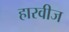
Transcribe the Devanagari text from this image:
हारवीज